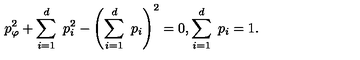
p _ { \varphi } ^ { 2 } + \sum _ { i = 1 } ^ { d } \ p _ { i } ^ { 2 } - \left( \sum _ { i = 1 } ^ { d } \ p _ { i } \right) ^ { 2 } = 0 , \sum _ { i = 1 } ^ { d } \ p _ { i } = 1 .